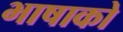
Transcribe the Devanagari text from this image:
भाषाको